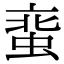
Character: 𧋲